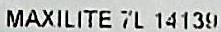
MAXILITE 7L 14139